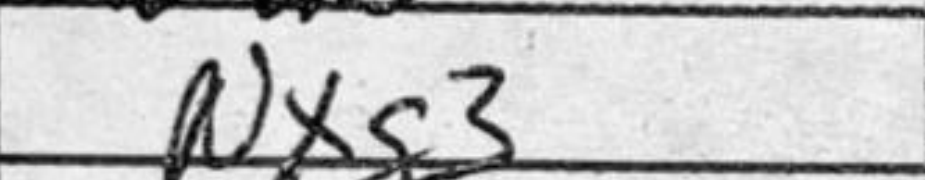
Transcription: Nxg3